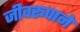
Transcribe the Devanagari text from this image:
जीवरूपाने